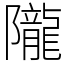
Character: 隴